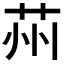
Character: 𦭴